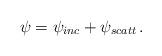
LaTeX: \begin{align*}\psi = \psi_{inc}+\psi_{scatt}\,.\end{align*}